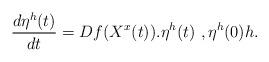
LaTeX: \begin{align*}\frac{d\eta^h(t)}{dt}=Df(X^x(t)).\eta^h(t)~,\eta^h(0)h.\end{align*}